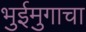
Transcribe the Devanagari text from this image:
भुईमुगाचा